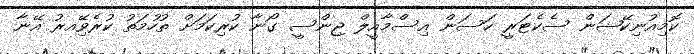
ކޮމިއުނިކޭޝަން ސެކެޓަރީ ހަސަން އިސްމާއީލް ޖިންސީ ގޯނާ ކުރިކަމަށް ތުހުމަތު ކުރެވޭިއރު އޭނާ